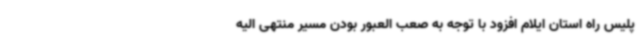
پلیس راه استان ایلام افزود با توجه به صعب العبور بودن مسیر منتهی الیه